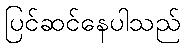
ပြင်ဆင်နေပါသည်